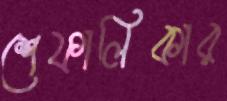
শেফালিকার